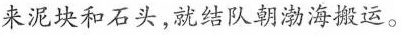
来泥块和石头，就结队朝渤海搬运。